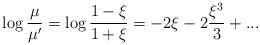
LaTeX: \begin{align*}\log{\mu\over \mu'}=\log{1-\xi\over 1+\xi}=-2\xi-2{\xi^3\over3}+...\end{align*}